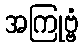
အကြုဗ္ဗံ